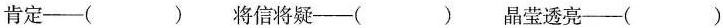
肯定——（ ） 将信将疑——（ ） 晶莹透亮——（ ）